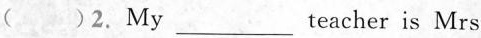
( )2.My___teacher is Mrs